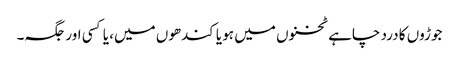
جوڑوں کا درد چاہے ٹخنوں میں ہو یا کندھوں میں، یا کسی اور جگہ۔